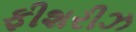
ફીશરીઝ